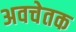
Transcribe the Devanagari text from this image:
अवचेतक